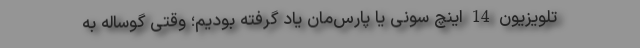
تلویزیون 14 اینچ سونی‌ یا پارس‌مان یاد گرفته بودیم؛ وقتی گوساله به